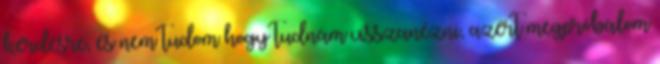
kérdésre, és nem tudom hogy tudnám visszanézni, azért megpróbálom